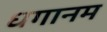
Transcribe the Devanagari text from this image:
धगानम